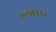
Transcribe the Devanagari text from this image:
ग्लासर